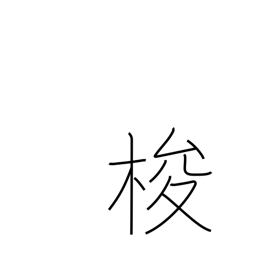
Meaning: shuttle